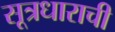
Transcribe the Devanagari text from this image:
सूत्रधाराची